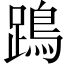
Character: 𨄙